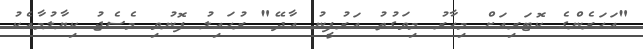
"އަހަރެންގެ ކޮޓަރިއަށް މިހާރު މިވަގުތު އަރުފީނު އާދޭ" ރުހައިލު ފޮނުވި މެސެޖު ކިޔާލުމާއެކު